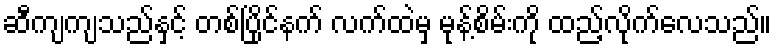
ဆီကျကျသည်နှင့် တစ်ပြိုင်နက် လက်ထဲမှ မုန့်စိမ်းကို ထည့်လိုက်လေသည်။